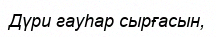
Дүри гауһар сырғасын,